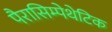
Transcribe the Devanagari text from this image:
पैरासिम्पेथेटिक